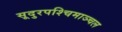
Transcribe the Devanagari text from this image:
सूदुरपश्चिमाञ्चल